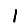
Digit: 1